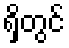
ရှိတွင်